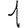
Digit: 1